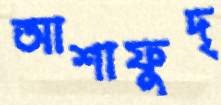
আশাফুদ্